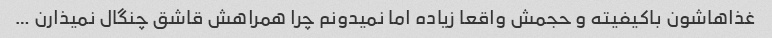
غذاهاشون باکیفیته و حجمش واقعا زیاده اما نمیدونم چرا همراهش قاشق چنگال نمیذارن …